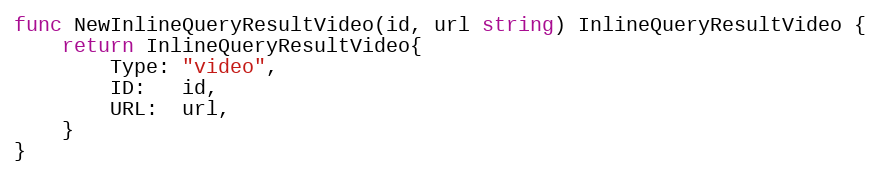
Language: Go
func NewInlineQueryResultVideo(id, url string) InlineQueryResultVideo {
	return InlineQueryResultVideo{
		Type: "video",
		ID:   id,
		URL:  url,
	}
}